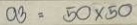
03 = 50 x 50